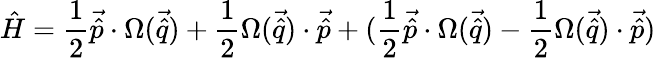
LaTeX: \hat{H}=\frac{1}{2}\vec{\hat{p}}\cdot\Omega(\vec{\hat{q}})+\frac{1}{2}\Omega(\vec{\hat{q}})\cdot\vec{\hat{p}}+(\frac{1}{2}\vec{\hat{p}}\cdot\Omega(\vec{\hat{q}})-\frac{1}{2}\Omega(\vec{\hat{q}})\cdot\vec{\hat{p}})